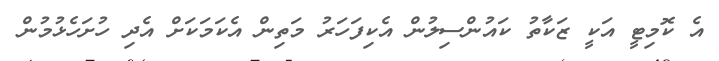
އެ ކޮމިޓީ އަކީ ޒަކާތު ކައުންސިލުން އެކިފަހަރު މަތިން އެކަމަކަށް އެދި ހުށަހެޅުމުން